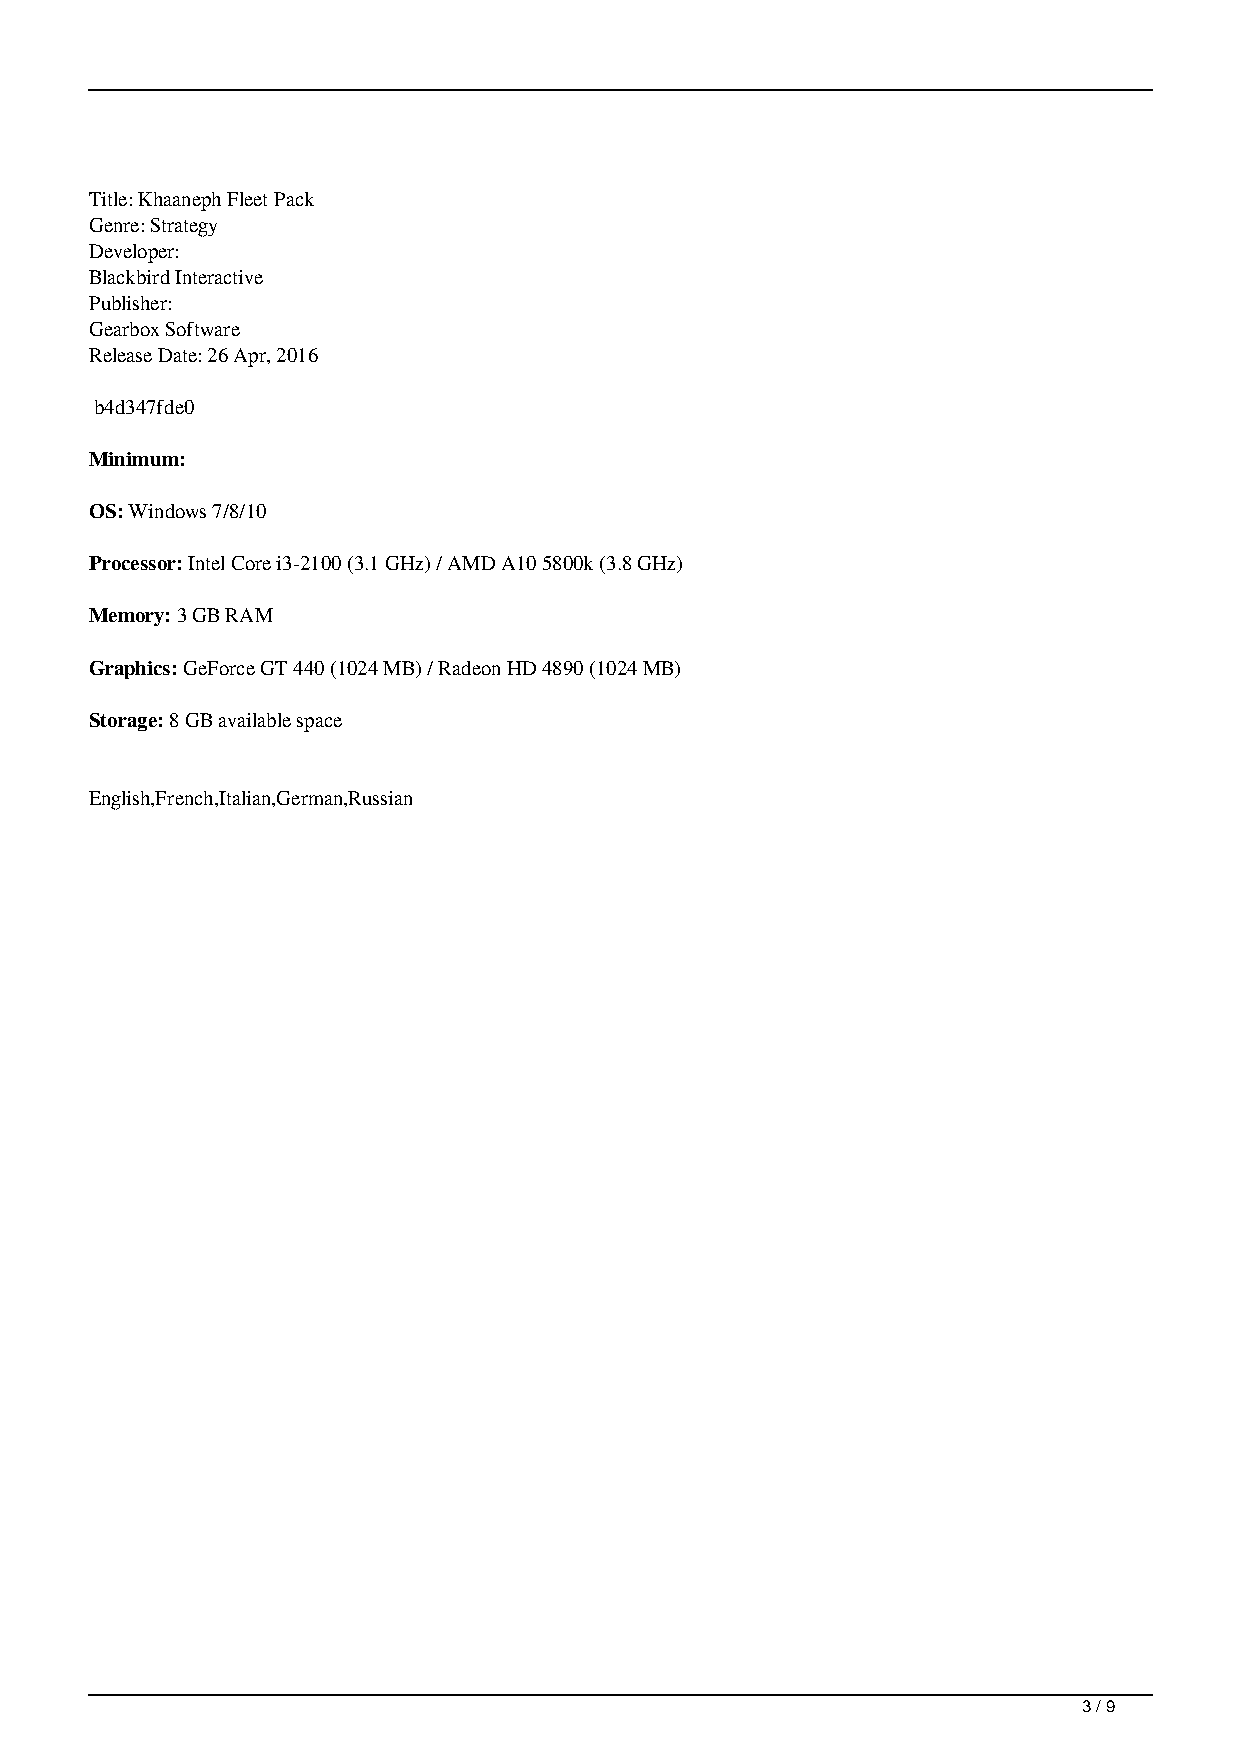
Title: Khaaneph Fleet Pack
 Genre: Strategy
 Developer:
 Blackbird Interactive
 Publisher:
 Gearbox Software
 Release Date: 26 Apr, 2016
 b4d347fde0
 Minimum:
 OS: Windows 7/8/10
 Processor: Intel Core i3-2100 (3.1 GHz) / AMD A10 5800k (3.8 GHz)
 Memory: 3 GB RAM
 Graphics: GeForce GT 440 (1024 MB) / Radeon HD 4890 (1024 MB)
 Storage: 8 GB available space
 English,French,Italian,German,Russian
 3 / 9